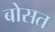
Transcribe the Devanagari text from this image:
बोसत